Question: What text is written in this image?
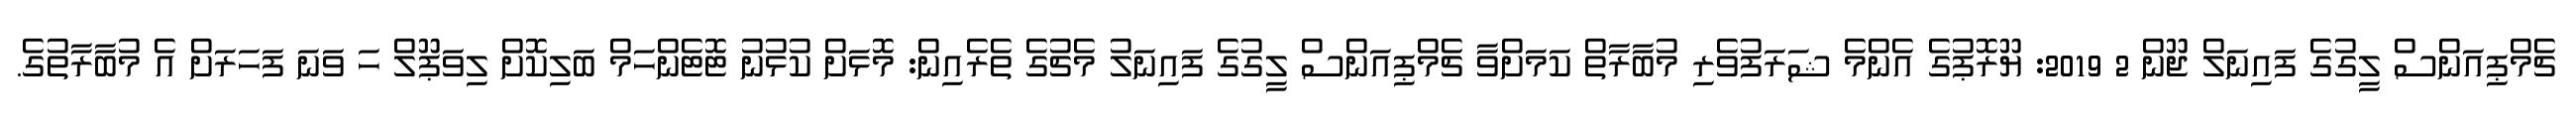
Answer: ޗެމްޕިއަންސް ލީގުގެ ފައިނަލް ޖޫން 2 2019: ޔޫރޮޕުގެ އެންމެ ޝަރަފުވެރި މުބާރާތް ކަމަށްވާ ޗެމްޕިއަންސް ލީގުގެ ފައިނަލު މެޗުގެ ތެރެއިން: މޮޅަށް ކުޅުނު ޓޮޓެންހަމް ބަލިކޮށް ލިވަޕޫލް ހަ ވަނަ ފަހަރަށް އެ މުބާރާތުގެ.